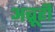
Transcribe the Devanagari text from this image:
अब्रूही